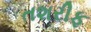
તશરીફ